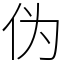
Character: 伪